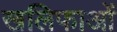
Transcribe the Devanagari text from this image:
खलिफाओं